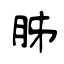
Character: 胏